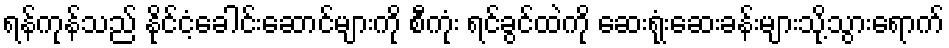
ရန်ကုန်သည် နိုင်ငံ့ခေါင်းဆောင်များကို စီကုံး ရင်ခွင်ထဲကို ဆေးရုံးဆေးခန်းများသို့သွားရောက်